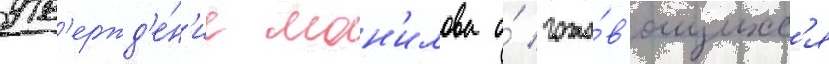
утв'ержд'е́н'ие ман'илова о́ гото́в'ящихс'я